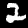
Label: 2